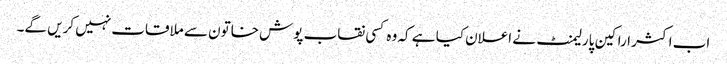
اب اکثر اراکین پارلیمنٹ نے اعلان کیا ہے کہ وہ کسی نقاب پوش خاتون سے ملاقات نہیں کریں گے۔